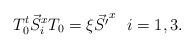
LaTeX: \begin{align*}T_0^{t} \vec{S}^x_i T_0 = \xi \vec{S' }^x \ \ i= 1,3. \end{align*}